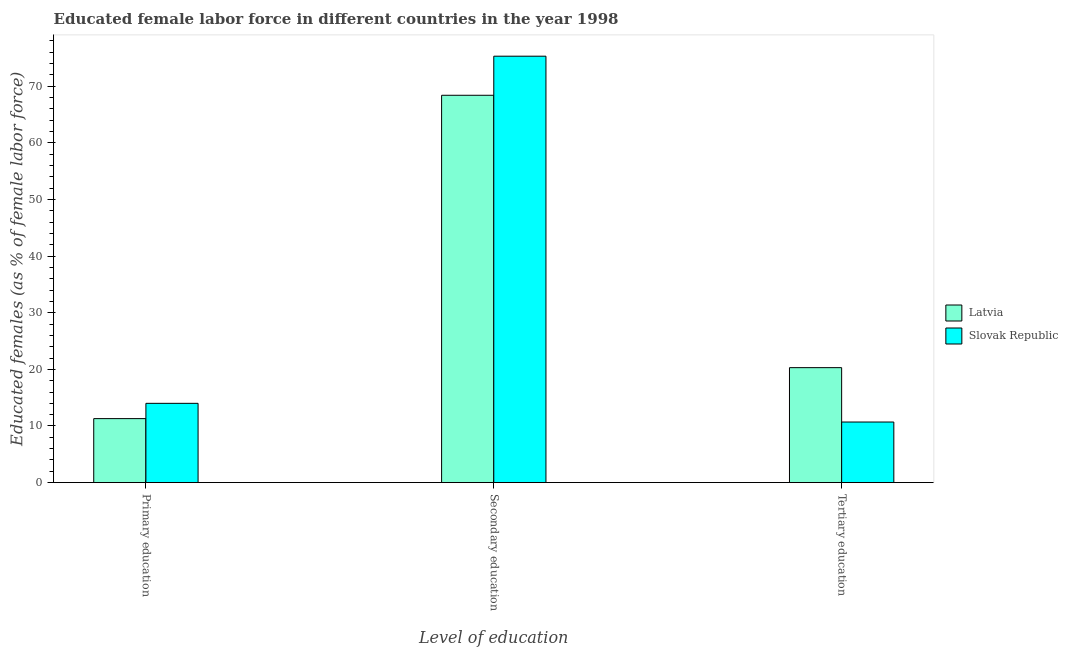
| Level of education | Latvia | Slovak Republic |
 | --- | --- | --- |
 | Primary education | 11.3 | 14 |
 | Secondary education | 68.4 | 75.3 |
 | Tertiary education | 20.3 | 10.7 |